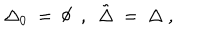
\Delta _ { 0 } ~ = ~ \emptyset ~ ~ , ~ ~ \tilde { \Delta } ~ = ~ \Delta ~ ,